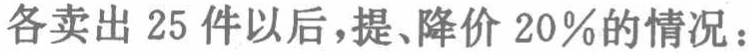
各卖出 25 件以后，提、降价 20％的情况：